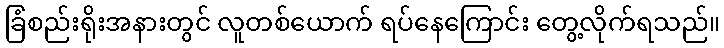
ခြံစည်းရိုးအနားတွင် လူတစ်ယောက် ရပ်နေကြောင်း တွေ့လိုက်ရသည်။